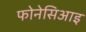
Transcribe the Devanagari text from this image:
फोनेसिआइ